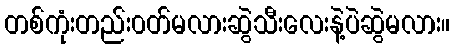
တစ်ကုံးတည်း၀တ်မလားဆွဲသီးလေးနဲ့ပဲဆွဲမလား။